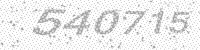
Solution: 540715